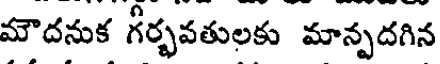
మౌదనుక గర్భవతులకు మాన్పదగిన